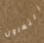
التعاون